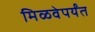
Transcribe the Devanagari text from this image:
मिळवेपर्यंत